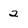
Character: 2